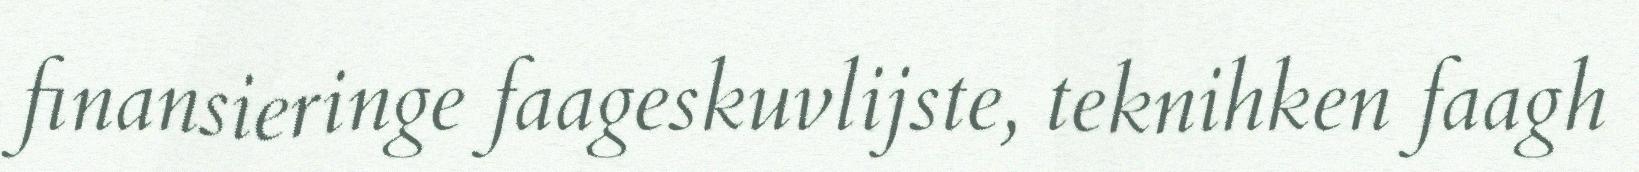
finansieringe faageskuvlijste, teknihken faagh